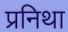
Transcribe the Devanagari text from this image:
प्रनिथा